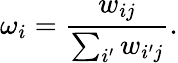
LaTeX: \omega_{i}=\frac{w_{ij}}{\sum_{i^{\prime}}w_{i^{\prime}j}}.